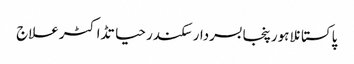
پاکستانلاہورپنجابسردار سکندر حیاتڈاکٹرعلاج